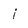
Character: i